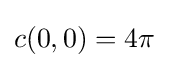
c(0,0)=4\pi